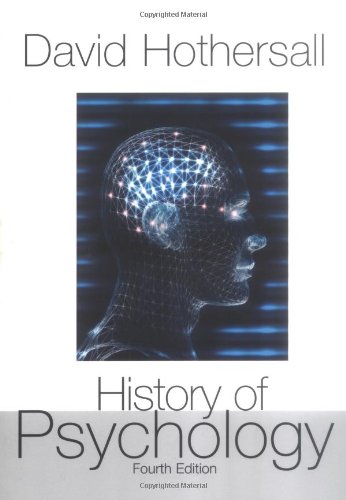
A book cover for History of Psychology, 4th Edition; David Hothersall; Medical Books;